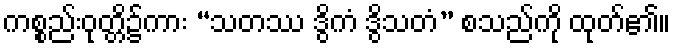
ကစ္စည်းဝုတ္တိ၌ကား “သတဿ ဒွိကံ ဒွိသတံ” စသည်ကို ထုတ်၏။